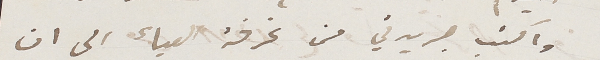
واكتب جريدتي من غرفة العياء الى ان